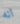
انه